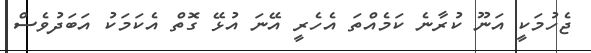
ޖެހުމަކީ އަނޫ ކުރާނެ ކަމެއްތަ އެހެރީ އޭނަ އުޅޭ ގޮތް އެކަމަކު އަބަދުވެސް